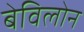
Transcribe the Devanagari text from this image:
बेविलोन